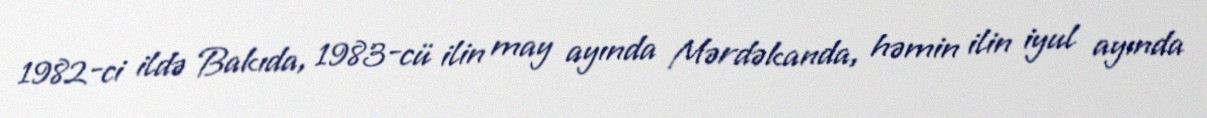
1982-ci ildə Bakıda, 1983-cü ilin may ayında Mərdəkanda, həmin ilin iyul ayında